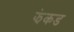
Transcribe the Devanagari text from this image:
झंकड